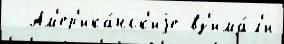
  Ам'ер'ика́нск'иjе вз'има́л'и